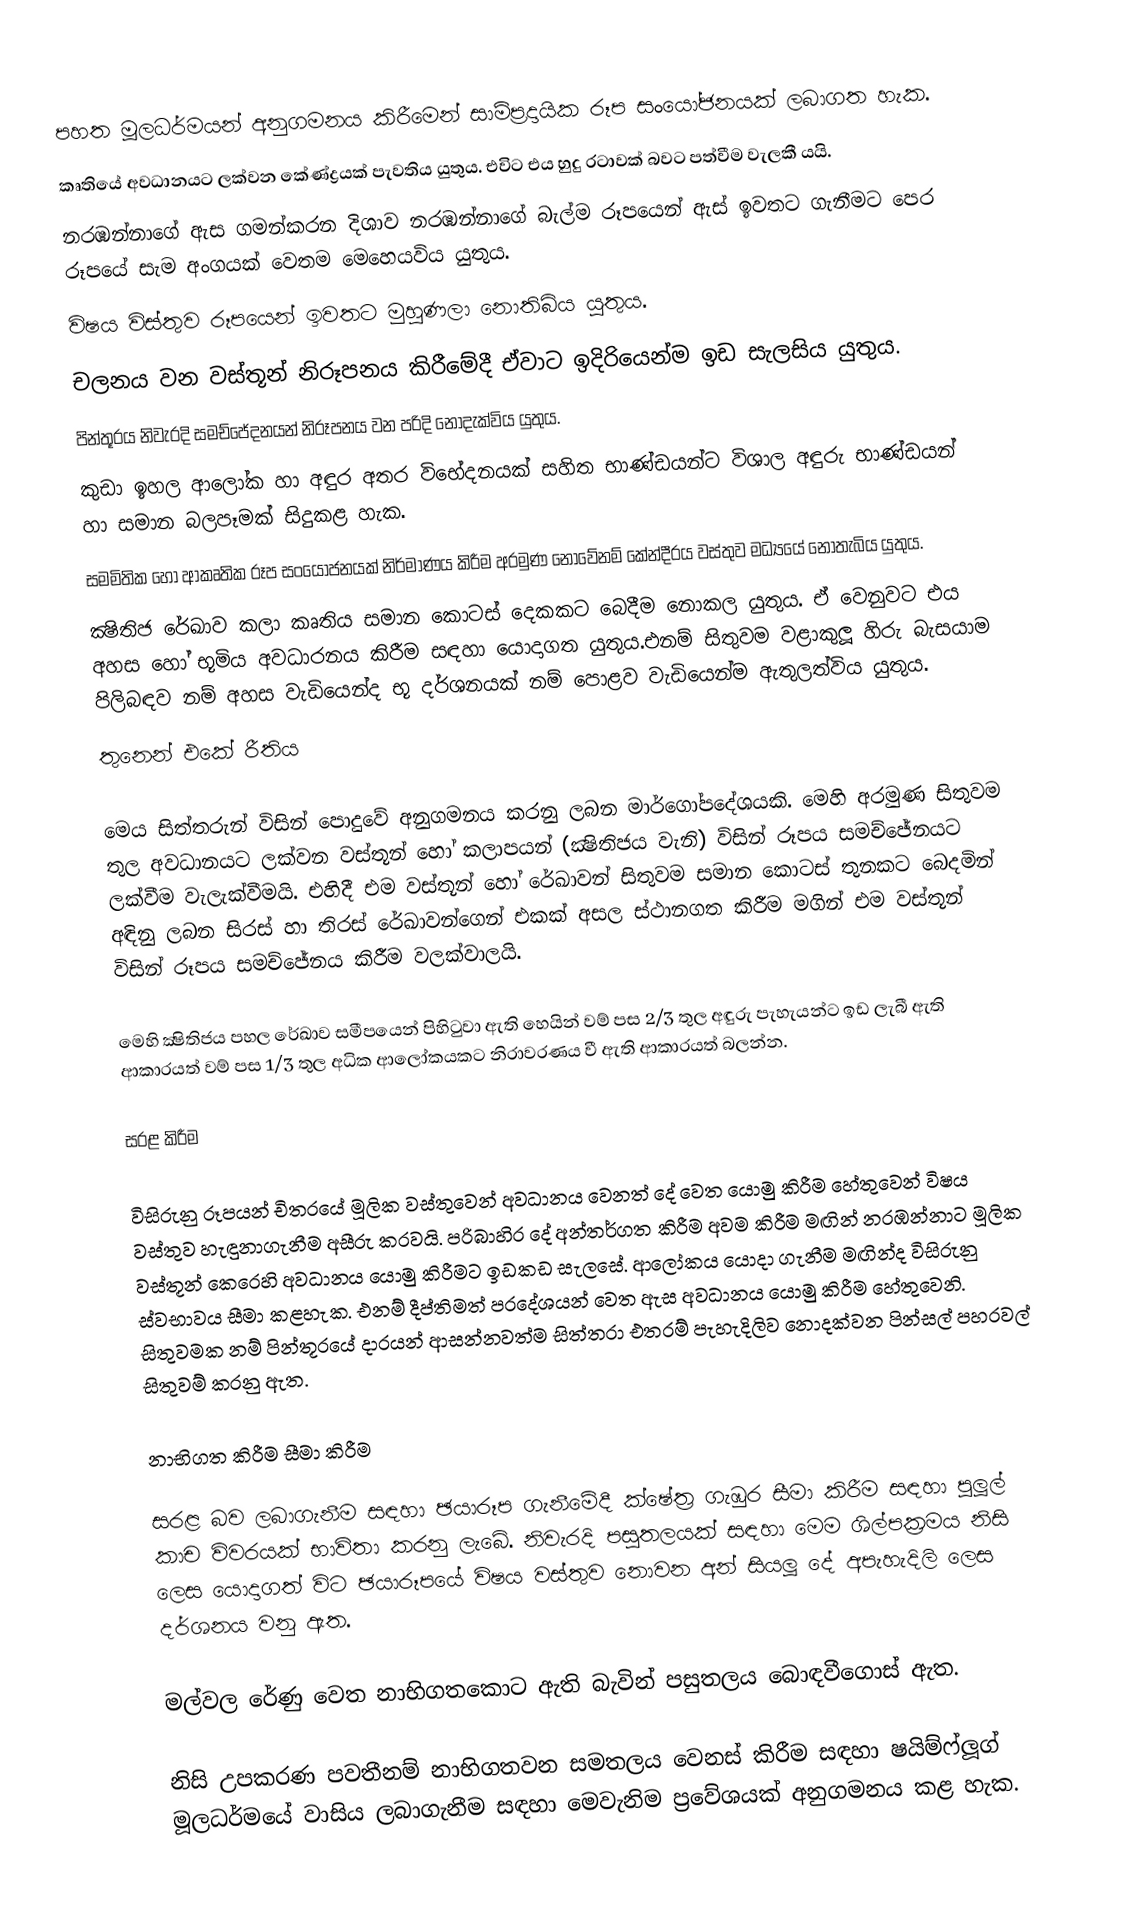
පහත මූලධර්මයන් අනුගමනය කිරීමෙන් සාම්ප‍්‍රදායික රූප සංයෝජනයක් ලබාගත හැක.
කෘතියේ අවධානයට ලක්වන කේණ්ද්‍රයක් පැවතිය යුතුය.  එවිට එය හුදු රටාවක් බවට පත්වීම වැලකී යයි.
නරඹන්නාගේ ඇස ගමන්කරන දිශාව නරඹන්නාගේ බැල්ම රූපයෙන් ඇස් ඉවතට ගැනීමට පෙර රූපයේ සැම අංගයක් වෙතම මෙහෙයවිය යුතුය.
විෂය විස්තුව රූපයෙන් ඉවතට මුහුණලා නොතිබිය යුතුය.
චලනය වන වස්තූන් නිරූපනය කිරීමේදී ඒවාට ඉදිරියෙන්ම ඉඩ සැලසිය යුතුය.
පින්තූරය නිවැරදි සමච්ජේදනයන් නිරූපනය වන පරිදි නොදැක්විය යුතුය.
කුඩා ඉහල ආලෝක හා අඳුර අතර විභේදනයක් සහිත භාණ්ඩයන්ට විශාල අඳුරු භාණ්ඩයන් හා සමාන බලපෑමක් සිදුකළ හැක.
සමමිතික හෝ ආකෘතික රූප සංයෝජනයක් නිර්මාණය කිරීම අරමුණ නොවේනම් කේන්දී‍්‍රය වස්තුව මධ්‍යයේ නොතැබිය යුතුය.
ක්‍ෂිතිජ රේඛාව කලා කෘතිය සමාන කොටස් දෙකකට බෙදීම නොකල යුතුය. ඒ වෙනුවට එය අහස හෝ භූමිය අවධාරනය කිරීම සඳහා යොදාගත යුතුය.එනම් සිතුවම වළාකුලූ හිරු බැසයාම පිලිබඳව නම් අහස වැඩියෙන්ද භූ දර්ශනයක් නම් පොළව වැඩියෙන්ම ඇතුලත්විය යුතුය.
තුනෙන් එකේ රීතිය

මෙය සිත්තරුන් විසින් පොදුවේ අනුගමනය කරනු ලබන මාර්ගෝපදේශයකි. මෙහි අරමුණ සිතුවම තුල අවධානයට ලක්වන වස්තූන් හෝ කලාපයන් (ක්‍ෂිතිජය වැනි) විසින් රූපය සමච්ජේනයට ලක්වීම වැලැක්වීමයි. එහිදී එම වස්තූන් හෝ රේඛාවන් සිතුවම සමාන කොටස් තුනකට බෙදමින් අඳිනු ලබන සිරස් හා තිරස් රේඛාවන්ගෙන් එකක් අසල ස්ථානගත කිරීම මගින් එම වස්තූන් විසින් රූපය  සමච්ජේනය කිරීම වලක්වාලයි.

මෙහි ක්‍ෂිතිජය පහල රේඛාව සමීපයෙන් පිහිටුවා ඇති හෙයින් වම් පස 2/3 තුල අඳුරු පැහැයන්ට ඉඩ ලැබී ඇති ආකාරයත් වම් පස 1/3 තුල අධික ආලෝකයකට නිරාවරණය වී ඇති ආකාරයත් බලන්න.

සරළ කිරීම

විසිරුනු රූපයන් චිත‍්‍රයේ මූලික වස්තුවෙන් අවධානය වෙනත් දේ වෙත යොමු කිරීම හේතුවෙන් විෂය වස්තුව හැඳුනාගැනීම අසීරු කරවයි. පරිබාහිර දේ අන්තර්ගත කිරීම අවම කිරීම මඟින් නරඹන්නාට මූලික වස්තූන් කෙරෙහි අවධානය යොමු කිරීමට ඉඩකඩ සැලසේ. ආලෝකය යොදා ගැනීම මඟින්ද විසිරුනු ස්වභාවය සීමා කළහැක. එනම් දීප්තිමත් ප‍්‍රදේශයන් වෙත ඇස අවධානය යොමු කිරීම හේතුවෙනි. සිතුවමක නම් පින්තූරයේ දාරයන් ආසන්නවත්ම සිත්තරා එතරම් පැහැදිලිව නොදක්වන පින්සල් පහරවල් සිතුවම් කරනු ඇත.

නාභිගත කිරීම සීමා කිරීම

සරළ බව ලබාගැනීම සඳහා ඡයාරූප ගැනීමේදී ක්ෂේත‍්‍ර ගැඹුර සීමා කිරීම සඳහා පුලූල් කාච විවරයක් භාවිතා කරනු ලැබේ. නිවැරදි පසුතලයක් සඳහා මෙම ශිල්පක‍්‍රමය නිසි ලෙස යොදාගත් විට ඡයාරූපයේ විෂය වස්තුව නොවන අන් සියලූ දේ අපැහැදිලි ලෙස දර්ශනය වනු ඇත.

මල්වල රේණු වෙත නාභිගතකොට ඇති බැවින් පසුතලය බොඳවීගොස් ඇත.

නිසි උපකරණ පවතීනම් නාභිගතවන සමතලය වෙනස් කිරීම සඳහා ෂයිම්ෆ්ලූග් මූලධර්මයේ වාසිය ලබාගැනීම සඳහා මෙවැනිම ප‍්‍රවේශයක් අනුගමනය කළ හැක.